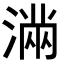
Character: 𭱽